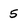
Character: 5